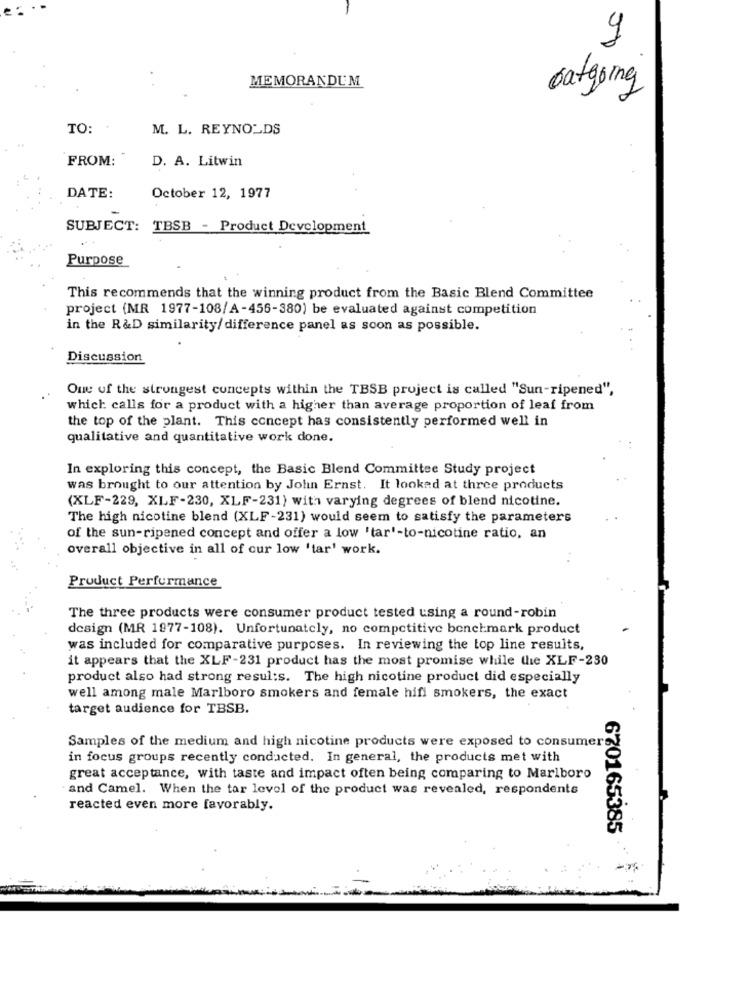
9
MEMORANDUM
outgoing
TO:
M. L. REYNOLDS
FROM:"
D. A. Litwin
DATE:
October 12, 1977
SUBJECT: TBSB - Product Development
Purpose
This recommends that the winning product from the Basic Blend Committee
project (MR 1977-108/A-456-380) be evaluated against competition
in the R&D similarity/ difference panel as soon as possible.
Discussion
One of the strongest concepts within the TBSB project is called "Sun-ripened",
which calls for a product with a higher than average proportion of leaf from
the top of the plant. This concept has consistently performed well in
qualitative and quantitative work done.
In exploring this concept, the Basic Blend Committee Study project
was brought to our attention by John Ernst. It looked at three products
(XLF-229, XLF-230, XLF-231) with varying degrees of blend nicotine.
The high nicotine blend (XLF-231) would seem to satisfy the parameters
of the sun-ripened concept and offer a low 'tar'-to-nicotine ratio, an
overall objective in all of cur low 'tar' work.
Product Performance
The three products were consumer product tested using a round-robin
design (MR 1977-108). Unfortunately, no competitive benchmark product
was included for comparative purposes. In reviewing the top line results,
it appears that the XLF-231 product has the most promise while the XLF-230
product also had strong resul:s. The high nicotine product did especially
well among male Marlboro smokers and female hifi smokers, the exact
target audience for TBSB.
Samples of the medium and high nicotine products were exposed to consumer
in focus groups recently conducted. In general, the products met with
great acceptance, with taste and impact often being comparing to Marlboro
and Camel. When the tar level of the product was revealed, respondents
reacted even more favorably.
670165385